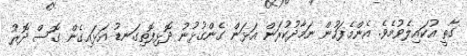
ގާތީ އުކައިލެވުމެވެ. އެންމެފަހުން ނަމާދުކުރަން އަޅަން ގެންގުޅުނު ދޮޅިފޮތިގަނޑު އަޅައިގެން ގޮސް ދޮރު